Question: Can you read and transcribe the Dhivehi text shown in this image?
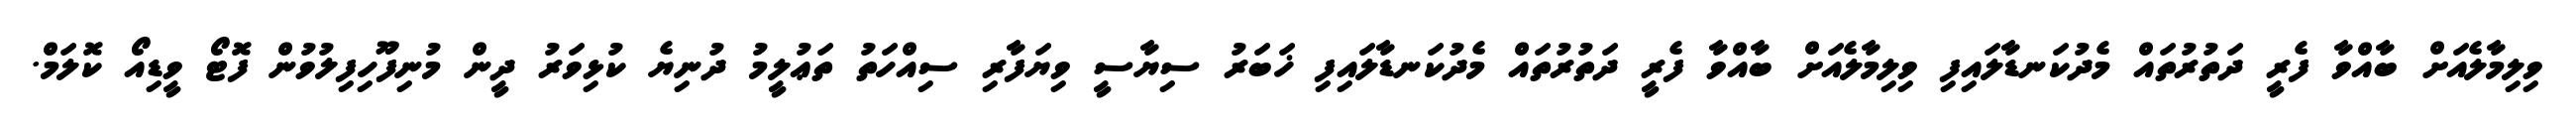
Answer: ވިލިމާލެއަށް ބާއްވާ ފެރީ ދަތުރުތައް މެދުކަނޑާލައިފި ވިލިމާލެއަށް ބާއްވާ ފެރީ ދަތުރުތައް މެދުކަނޑާލައިފި ޚަބަރު ސިޔާސީ ވިޔަފާރި ސިއްހަތު ތަޢުލީމު ދުނިޔެ ކުޅިވަރު ދީން މުނިފޫހިފިލުވުން ފޮޓޯ ވީޑިއޯ ކޮލަމް.